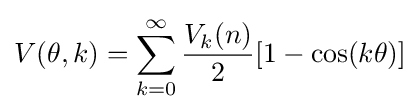
V(\theta ,k)=\sum _{k=0}^{\infty }{\frac {V_{k}(n)}{2}}[1-\cos(k\theta )]